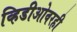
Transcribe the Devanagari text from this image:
व्हिडीओवरही